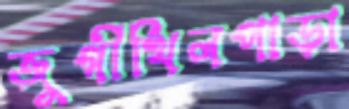
জুগীখিলপাড়া